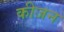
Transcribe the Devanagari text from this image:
कीजन